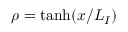
\rho = \operatorname { t a n h } ( x / L _ { I } )